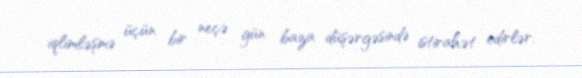
iqlimləşmə üçün bir neçə gün baza düşərgəsində istirahət edirlər.